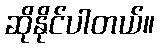
ဆိုနိုင်ပါတယ်။